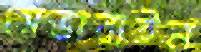
সেভারাইন